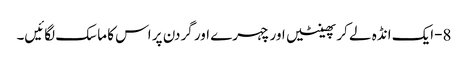
8-ایک انڈہ لے کر پھینٹیں اور چہرے اور گردن پر اس کا ماسک لگائیں۔